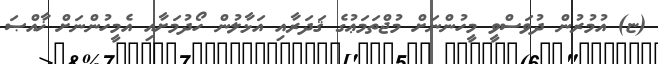
(ޏ) އުމުރުން ދުވަސްވީ މީހުންނަށް މުޖްތަމަޢުގެ ޤަދަރާއި އަޅާލުން ހޯދުމަށާއި އެމީހުންނަށް ޚާއްޞަ